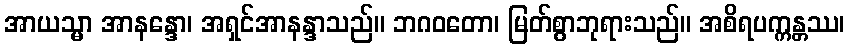
အာယသ္မာ အာနန္ဒော၊ အရှင်အာနန္ဒာသည်။ ဘဂဝတော၊ မြတ်စွာဘုရားသည်။ အစိရပက္ကန္တဿ၊